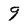
Character: 9